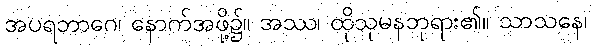
အပရဘာဂေ၊ နောက်အဖို့၌။ အဿ၊ ထိုသုမနဘုရား၏။ သာသနေ၊